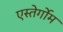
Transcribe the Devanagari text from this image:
एस्तेर्गोम